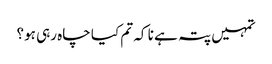
تمہیں پتہ ہے نا کہ تم کیا چاہ رہی ہو؟